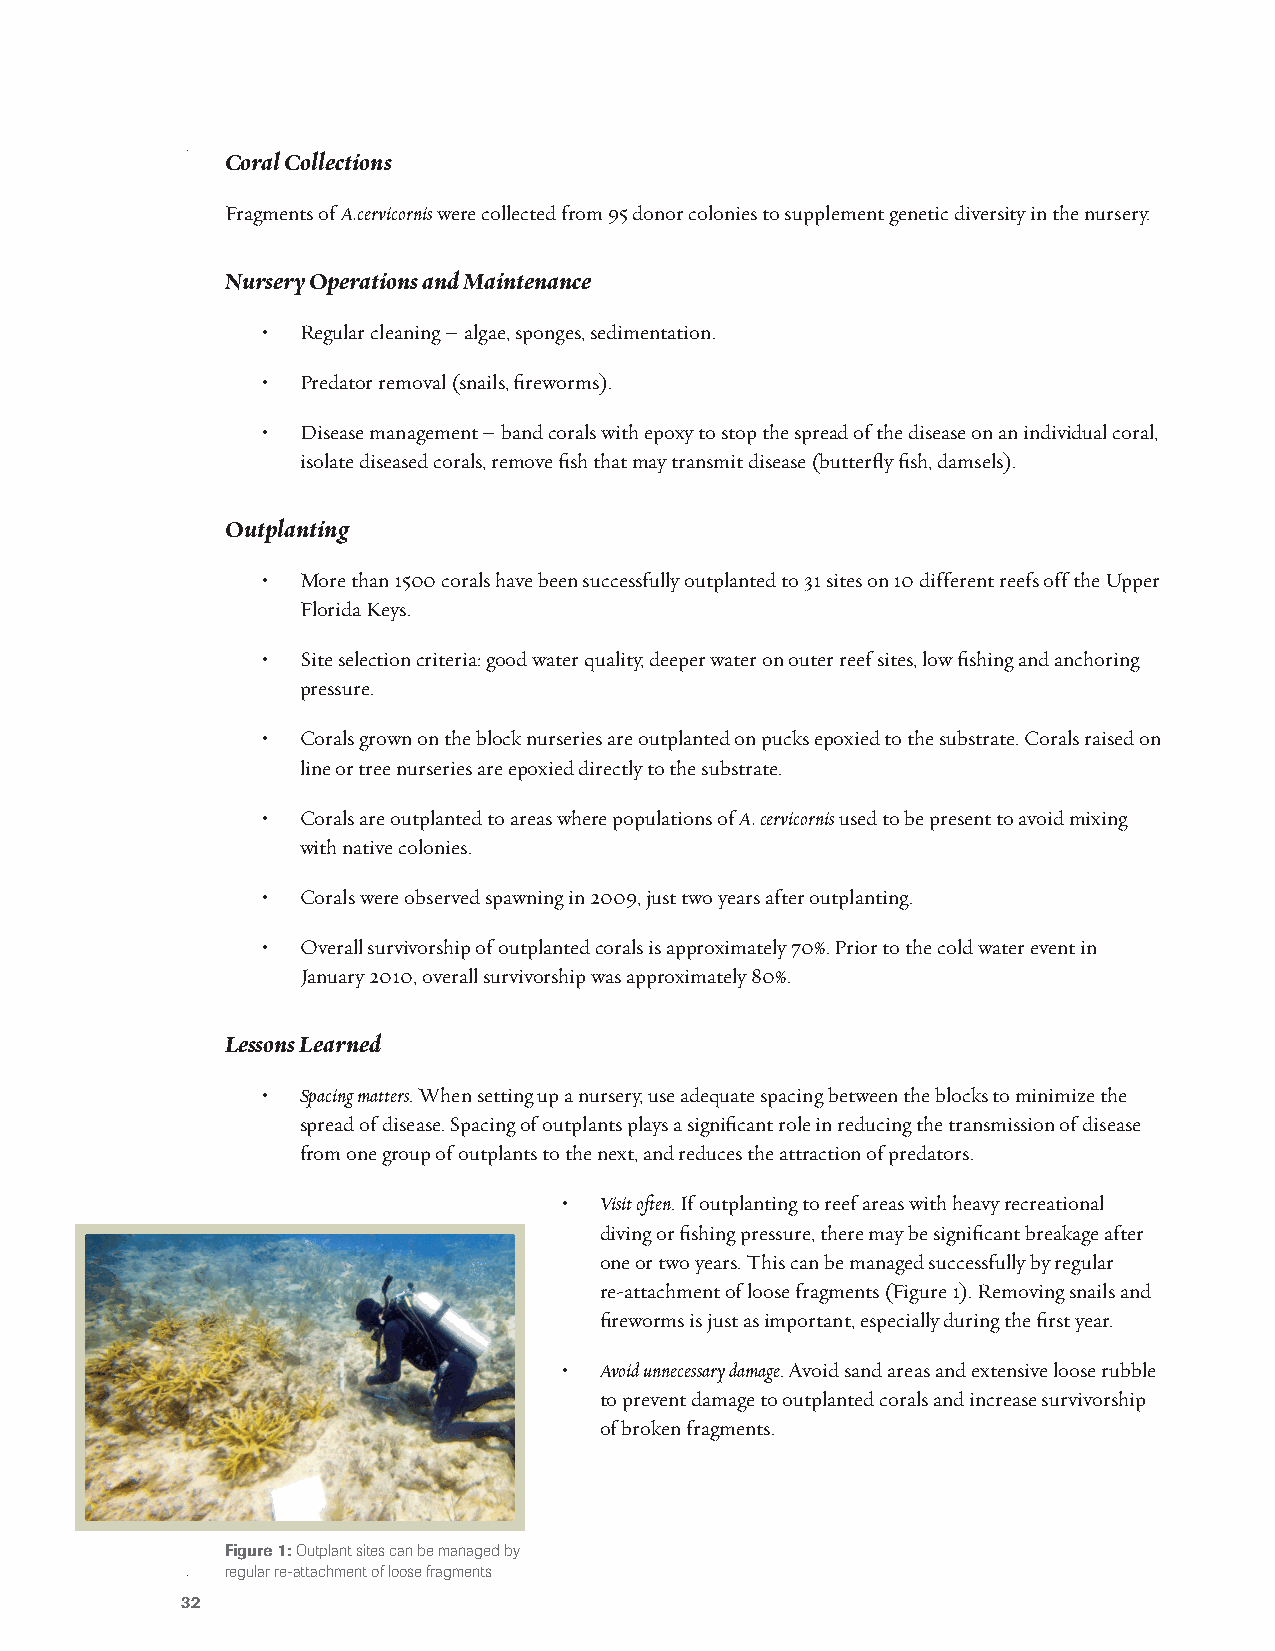
Coral Collections
 Fragments of A.cervicornis were collected from 95 donor colonies to supplement genetic diversity in the nursery.
 Nursery Operations and Maintenance
 •  Regular cleaning – algae, sponges, sedimentation.
 •  Predator removal (snails, fireworms).
 •  Disease management – band corals with epoxy to stop the spread of the disease on an individual coral,
 isolate diseased corals, remove fish that may transmit disease (butterfly fish, damsels).
 Outplanting
 •  More than 1500 corals have been successfully outplanted to 31 sites on 10 different reefs off the Upper
 Florida Keys.
 •  Site selection criteria: good water quality, deeper water on outer reef sites, low fishing and anchoring
 pressure.
 •  Corals grown on the block nurseries are outplanted on pucks epoxied to the substrate. Corals raised on
 line or tree nurseries are epoxied directly to the substrate.
 •  Corals are outplanted to areas where populations of A. cervicornis used to be present to avoid mixing
 with native colonies.
 •  Corals were observed spawning in 2009, just two years after outplanting.
 •  Overall survivorship of outplanted corals is approximately 70%. Prior to the cold water event in
 January 2010, overall survivorship was approximately 80%.
 Lessons Learned
 •  Spacing matters. When setting up a nursery, use adequate spacing between the blocks to minimize the
 spread of disease. Spacing of outplants plays a significant role in reducing the transmission of disease
 from one group of outplants to the next, and reduces the attraction of predators.
 •  Visit often. If outplanting to reef areas with heavy recreational
 diving or fishing pressure, there may be significant breakage after
 one or two years. This can be managed successfully by regular
 re-attachment of loose fragments (Figure 1). Removing snails and
 fireworms is just as important, especially during the first year.
 •  Avoid unnecessary damage. Avoid sand areas and extensive loose rubble
 to prevent damage to outplanted corals and increase survivorship
 of broken fragments.
 Figure 1: Outplant sites can be managed by
 regular re-attachment of loose fragments
 32